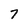
Character: 7